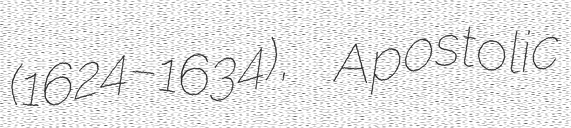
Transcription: (1624–1634), Apostolic